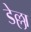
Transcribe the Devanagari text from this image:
डेल्ला